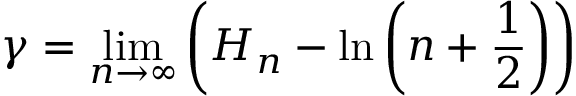
\gamma = \operatorname* { l i m } _ { n \to \infty } { \left( H _ { n } - \ln \left( n + { \frac { 1 } { 2 } } \right) \right) }